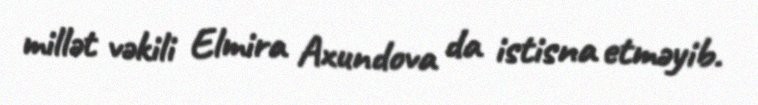
millət vəkili Elmira Axundova da istisna etməyib.